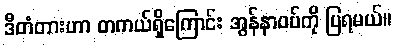
ဒီတံတားဟာ တကယ်ရှိကြောင်း အွန်နာဝပ်ကို ပြရမယ်။